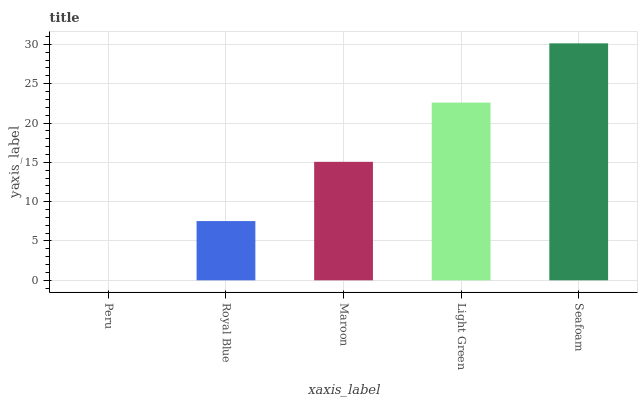
| xaxis_label | bars |
 | --- | --- |
 | Peru | 0 |
 | Royal Blue | 7.53 |
 | Maroon | 15.1 |
 | Light Green | 22.6 |
 | Seafoam | 30.1 |